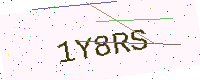
Text: 1Y8RS